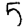
Digit: 5